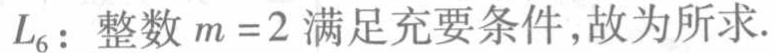
$L_{6}: \text{整数}m = 2\text{ 满足充要条件,故为所求.}$